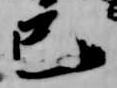
巳